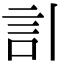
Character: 𧥞